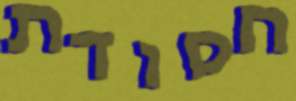
חסודת